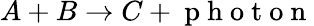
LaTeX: A+B\to C+\mathrm{~p~h~o~t~o~n~}